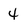
Character: 4